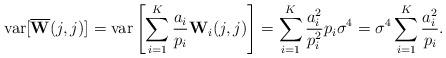
LaTeX: \begin{align*}\mbox{var}[\overline{\mathbf{W}}(j,j)] & = \mbox{var}\left[\sum^K_{i=1} \frac{a_i}{p_i} \mathbf{W}_i(j,j)\right] = \sum^K_{i=1} \frac{a_i^2}{p_i^2} p_i \sigma^4 = \sigma^4 \sum^K_{i=1} \frac{a_i^2}{p_i}.\end{align*}